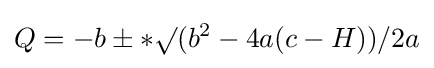
Q=-b\pm *\surd (b^{2}-4a(c-H))/2a